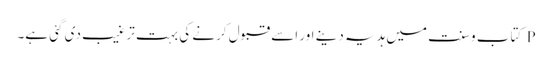
P کتاب وسنت میں ہدیہ دینے اور اسے قبول کرنے کی بہت ترغیب دی گئی ہے۔